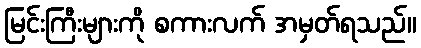
မြင်းကြီးများကို စကားလက် အမှတ်ရသည်။